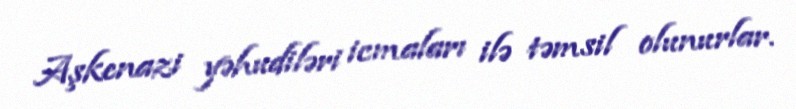
Aşkenazi yəhudiləri icmaları ilə təmsil olunurlar.